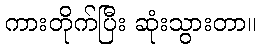
ကားတိုက်ပြီး ဆုံးသွားတာ။